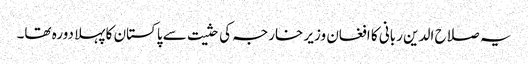
یہ صلاح الدین ربانی کا افغان وزیر خارجہ کی حثیت سے پاکستان کا پہلا دورہ تھا۔